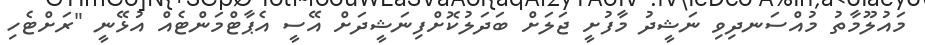
މައުލޫމާތު މުއްސަނދިވި ނަޝީދު މާފުށީ ޖަލަށް ބަދަލުކޮށްފިނަޝީދަށް އޭސީ އެޕާޓްމަންޓެއް އުޅޭނީ "ރަށްޓެހި